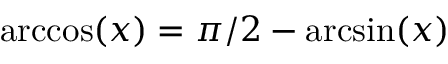
\operatorname { a r c c o s } ( x ) = \pi / 2 - \arcsin ( x )